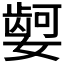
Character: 𫱿